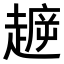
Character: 𧼳